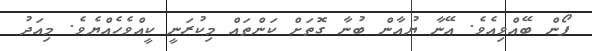
ފޯން ބޭއްވިއެވެ. އޭނާ ޔުއާން ބުނާ ގޮތަށް ކަންތައް މިކުރަނީ ކީއްވެހެއްޔެވެ. މިއަދު